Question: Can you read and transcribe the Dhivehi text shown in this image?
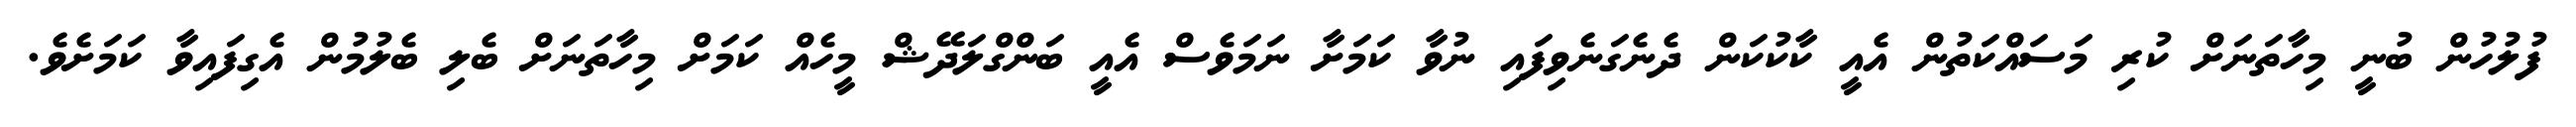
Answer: ފުލުހުން ބުނީ މިހާތަނަށް ކުރި މަސައްކަތުން އެއީ ކާކުކަން ދެނެގަނެވިފައި ނުވާ ކަމަށާ ނަމަވެސް އެއީ ބަންގްލަދޭޝް މީހެއް ކަމަށް މިހާތަނަށް ބެލި ބެލުމުން އެގިފައިވާ ކަމަށެވެ.